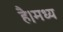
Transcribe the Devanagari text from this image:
है।मध्य